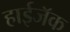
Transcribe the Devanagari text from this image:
हाईजॅक